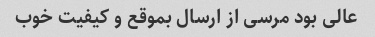
عالی بود مرسی از ارسال بموقع و کیفیت خوب